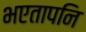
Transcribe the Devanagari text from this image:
भएतापनि